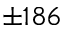
\pm 1 8 6